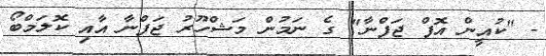
- "ކުއީން އޮފް ޖަފްނާ" ގެ ނަމުން މަޝްހޫރު ޖަފްނާ އާއި ކޮލަމްބޯ